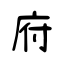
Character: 府